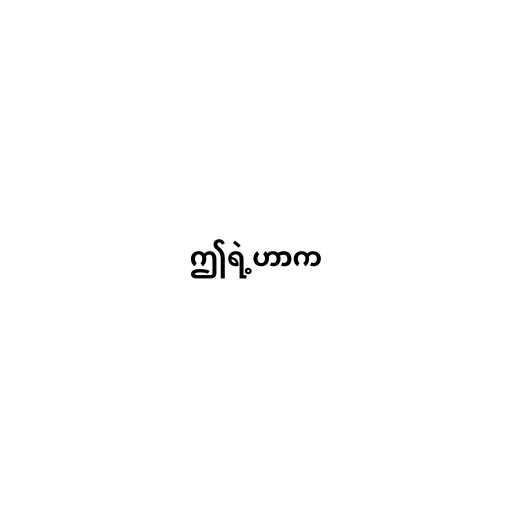
ဤရဲ့ဟာက